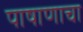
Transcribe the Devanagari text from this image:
पाषाणाचा